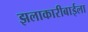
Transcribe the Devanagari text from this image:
झलाकारीबाईला